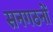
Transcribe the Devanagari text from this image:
सनगठनों